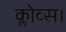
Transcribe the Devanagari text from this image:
क्लोव्स।